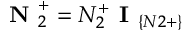
\textbf { N } _ { 2 } ^ { + } = N _ { 2 } ^ { + } \textbf { I } _ { \{ N 2 + \} }